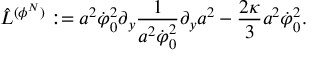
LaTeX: \hat { L } ^ { ( \phi ^ { N } ) } : = a ^ { 2 } \dot { \varphi } _ { 0 } ^ { 2 } \partial _ { y } { \frac { 1 } { a ^ { 2 } \dot { \varphi } _ { 0 } ^ { 2 } } } \partial _ { y } a ^ { 2 } - { \frac { 2 \kappa } { 3 } } a ^ { 2 } \dot { \varphi } _ { 0 } ^ { 2 } .